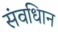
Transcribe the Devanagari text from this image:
संवधिान